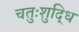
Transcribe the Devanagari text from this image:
चतुःशुद्धि